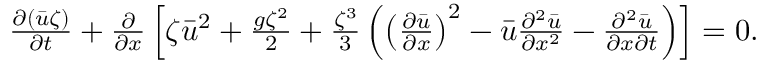
\begin{array} { r } { \frac { \partial ( \bar { u } \zeta ) } { \partial t } + \frac { \partial } { \partial x } \left[ \zeta \bar { u } ^ { 2 } + \frac { g \zeta ^ { 2 } } { 2 } + \frac { \zeta ^ { 3 } } { 3 } \left( \left( \frac { \partial \bar { u } } { \partial x } \right) ^ { 2 } - \bar { u } \frac { \partial ^ { 2 } \bar { u } } { \partial x ^ { 2 } } - \frac { \partial ^ { 2 } \bar { u } } { \partial x \partial t } \right) \right] = 0 . } \end{array}